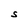
Character: S